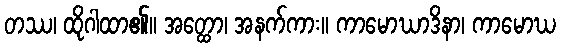
တဿ၊ ထိုဂါထာ၏။ အတ္ထော၊ အနက်ကား။ ကာမောဃာဒိနာ၊ ကာမောဃ